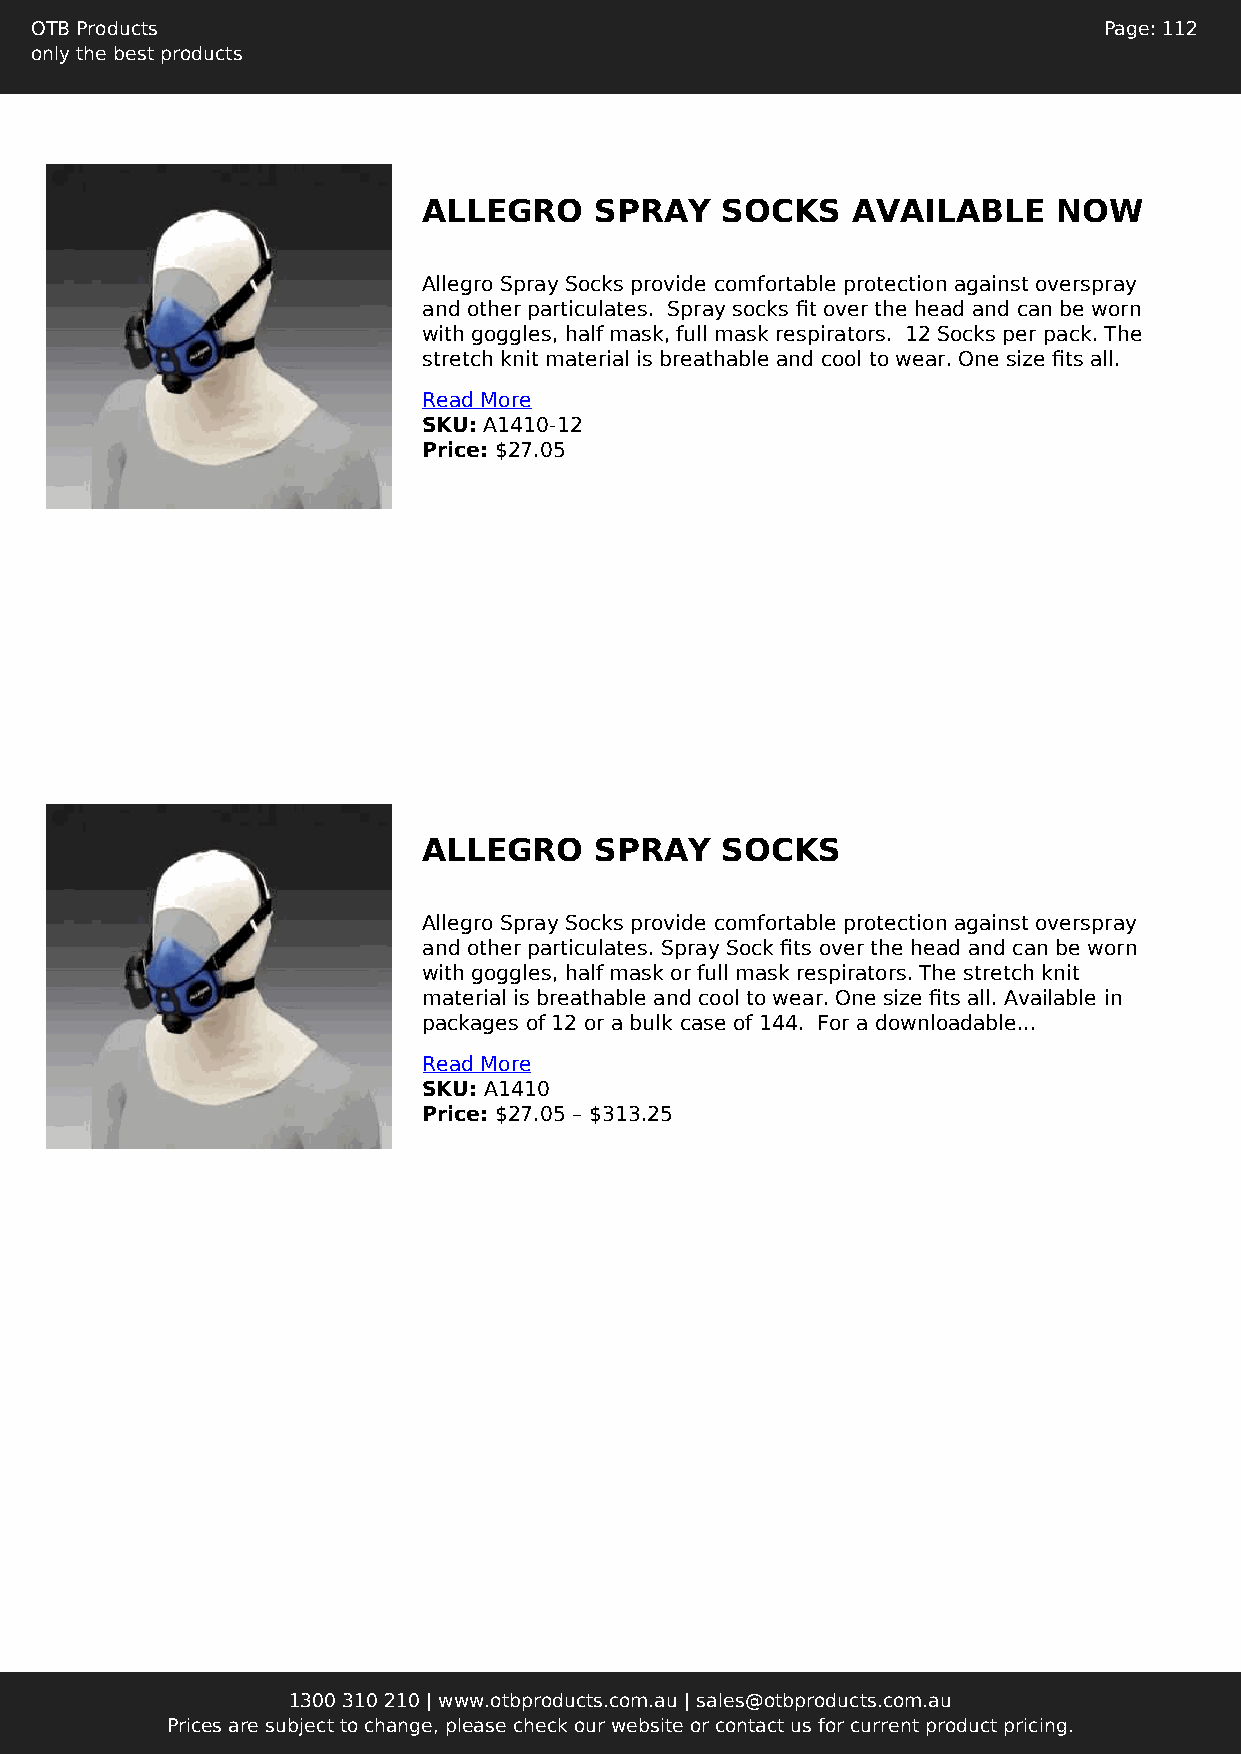
OTB Products                                                           Page: 112
 only the best products
 ALLEGRO    SPRAY    SOCKS   AVAILABLE     NOW
 Allegro Spray Socks provide comfortable protection against overspray
 and other particulates. Spray socks fit over the head and can be worn
 with goggles, half mask, full mask respirators. 12 Socks per pack. The
 stretch knit material is breathable and cool to wear. One size fits all.
 Read More
 SKU: A1410-12
 Price: $27.05
 ALLEGRO    SPRAY    SOCKS
 Allegro Spray Socks provide comfortable protection against overspray
 and other particulates. Spray Sock fits over the head and can be worn
 with goggles, half mask or full mask respirators. The stretch knit
 material is breathable and cool to wear. One size fits all. Available in
 packages of 12 or a bulk case of 144. For a downloadable...
 Read More
 SKU: A1410
 Price: $27.05 – $313.25
 1300 310 210 | www.otbproducts.com.au | sales@otbproducts.com.au
 Prices are subject to change, please check our website or contact us for current product pricing.